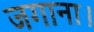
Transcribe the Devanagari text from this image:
जगाना।